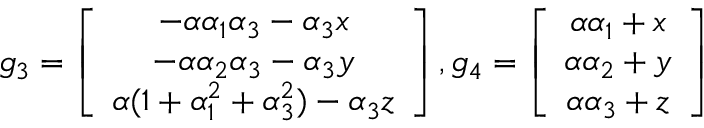
g _ { 3 } = \left[ \begin{array} { c c c } { - \alpha \alpha _ { 1 } \alpha _ { 3 } - \alpha _ { 3 } x } \\ { - \alpha \alpha _ { 2 } \alpha _ { 3 } - \alpha _ { 3 } y } \\ { \alpha ( 1 + \alpha _ { 1 } ^ { 2 } + \alpha _ { 3 } ^ { 2 } ) - \alpha _ { 3 } z } \end{array} \right] , g _ { 4 } = \left[ \begin{array} { c c c } { \alpha \alpha _ { 1 } + x } \\ { \alpha \alpha _ { 2 } + y } \\ { \alpha \alpha _ { 3 } + z } \end{array} \right]